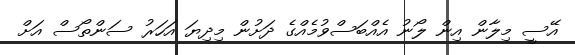
އޭސީ މިލާން އިން ލޯނު އެއްބަސްވުމެއްގެ ދަށުން މިދިޔަ އަަހަރު ސަންތޯސް އަށް